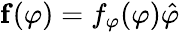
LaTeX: {\mathbf f}(\varphi)=f_{\varphi}(\varphi)\hat{\varphi}